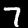
Digit: 7